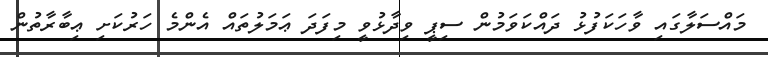
މައްސަލާގައި ވާހަކަފުޅު ދައްކަވަމުން ސިޕީ ވިދާޅުވީ މިފަދަ ޢަމަލުތައް އެންމެ ހަރުކަށި ޢިބާރާތުން